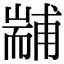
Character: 𦓞